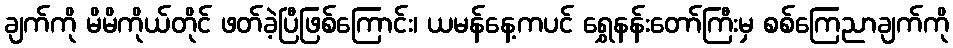
ချက်ကို မိမိကိုယ်တိုင် ဖတ်ခဲ့ပြီဖြစ်ကြောင်း၊ ယမန်နေ့ကပင် ရွှေနန်းတော်ကြီးမှ စစ်ကြေညာချက်ကို